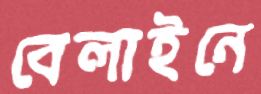
বেলাইনে